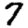
Digit: 7